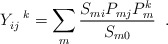
\begin{align*}Y_{ij}^{\;\;\;k} = \sum_{m} \frac{S_{mi} P_{mj} P_{m}^k}{S_{m0}} \;\; .\end{align*}